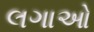
લગાઓ